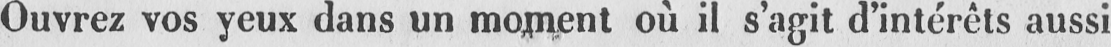
Ouvrez vos yeux dans un moment où il s’agit d’intérêts aussi